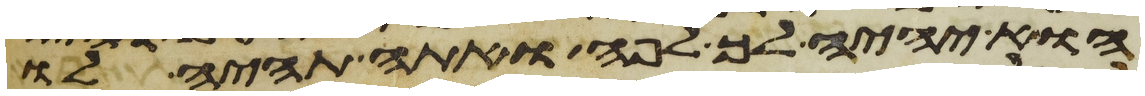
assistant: הוא יהיה לך לפה ואתה תהיה לו